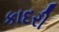
કાદરી